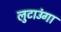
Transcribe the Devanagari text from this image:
लुटाउंगा